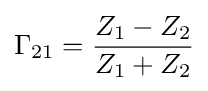
\Gamma _{21}={Z_{1}-Z_{2} \over Z_{1}+Z_{2}}